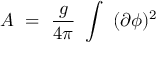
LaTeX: A ~ = ~ { \frac { g } { 4 \pi } } ~ \int ~ ( \partial \phi ) ^ { 2 }